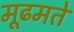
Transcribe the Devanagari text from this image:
मूढमते